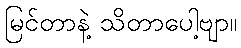
မြင်တာနဲ့ သိတာပေါ့ဗျာ။